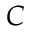
C